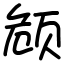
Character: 𬱟